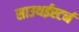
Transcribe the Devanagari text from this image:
साउथईस्टर्न